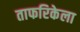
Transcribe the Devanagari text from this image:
ताफरिकेला